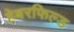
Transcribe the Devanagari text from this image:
हेबरफिल्ड